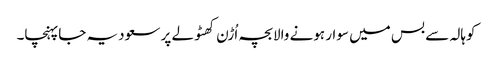
کوہالہ سے بس میں سوار ہونے والابچہ اُڑن کھٹولے پر سعودیہ جاپہنچا۔